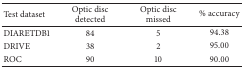
| Test dataset | Optic disc detected | Optic disc missed | % accuracy |
 | --- | --- | --- | --- |
 | DIARETDB1 | 84 | 5 | 94.38 |
 | DRIVE | 38 | 2 | 95.00 |
 | ROC | 90 | 10 | 90.00 |